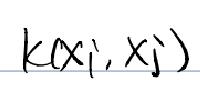
\[ k(x_i, x_j) \]